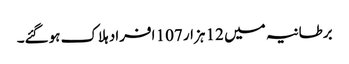
برطانیہ میں 12 ہزار 107 افراد ہلاک ہوگئے۔